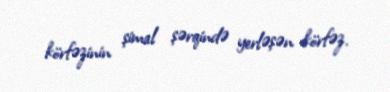
körfəzinin şimal şərqində yerləşən körfəz.